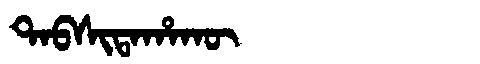
Manchu: ᡨᠠᠪᠰᡳᡨᠠᡥᠠᡴᡡ
Romanization: TABSITAHAKŪ